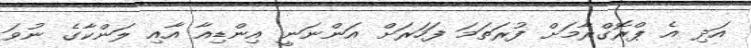
އަދި އެ ޕްރޮގްރާމަށް ފުރަތަމަ ފަހަރަށް އަންނަނީ އިންޑިއާ އާއި ލަންކާގެ ނުވަ